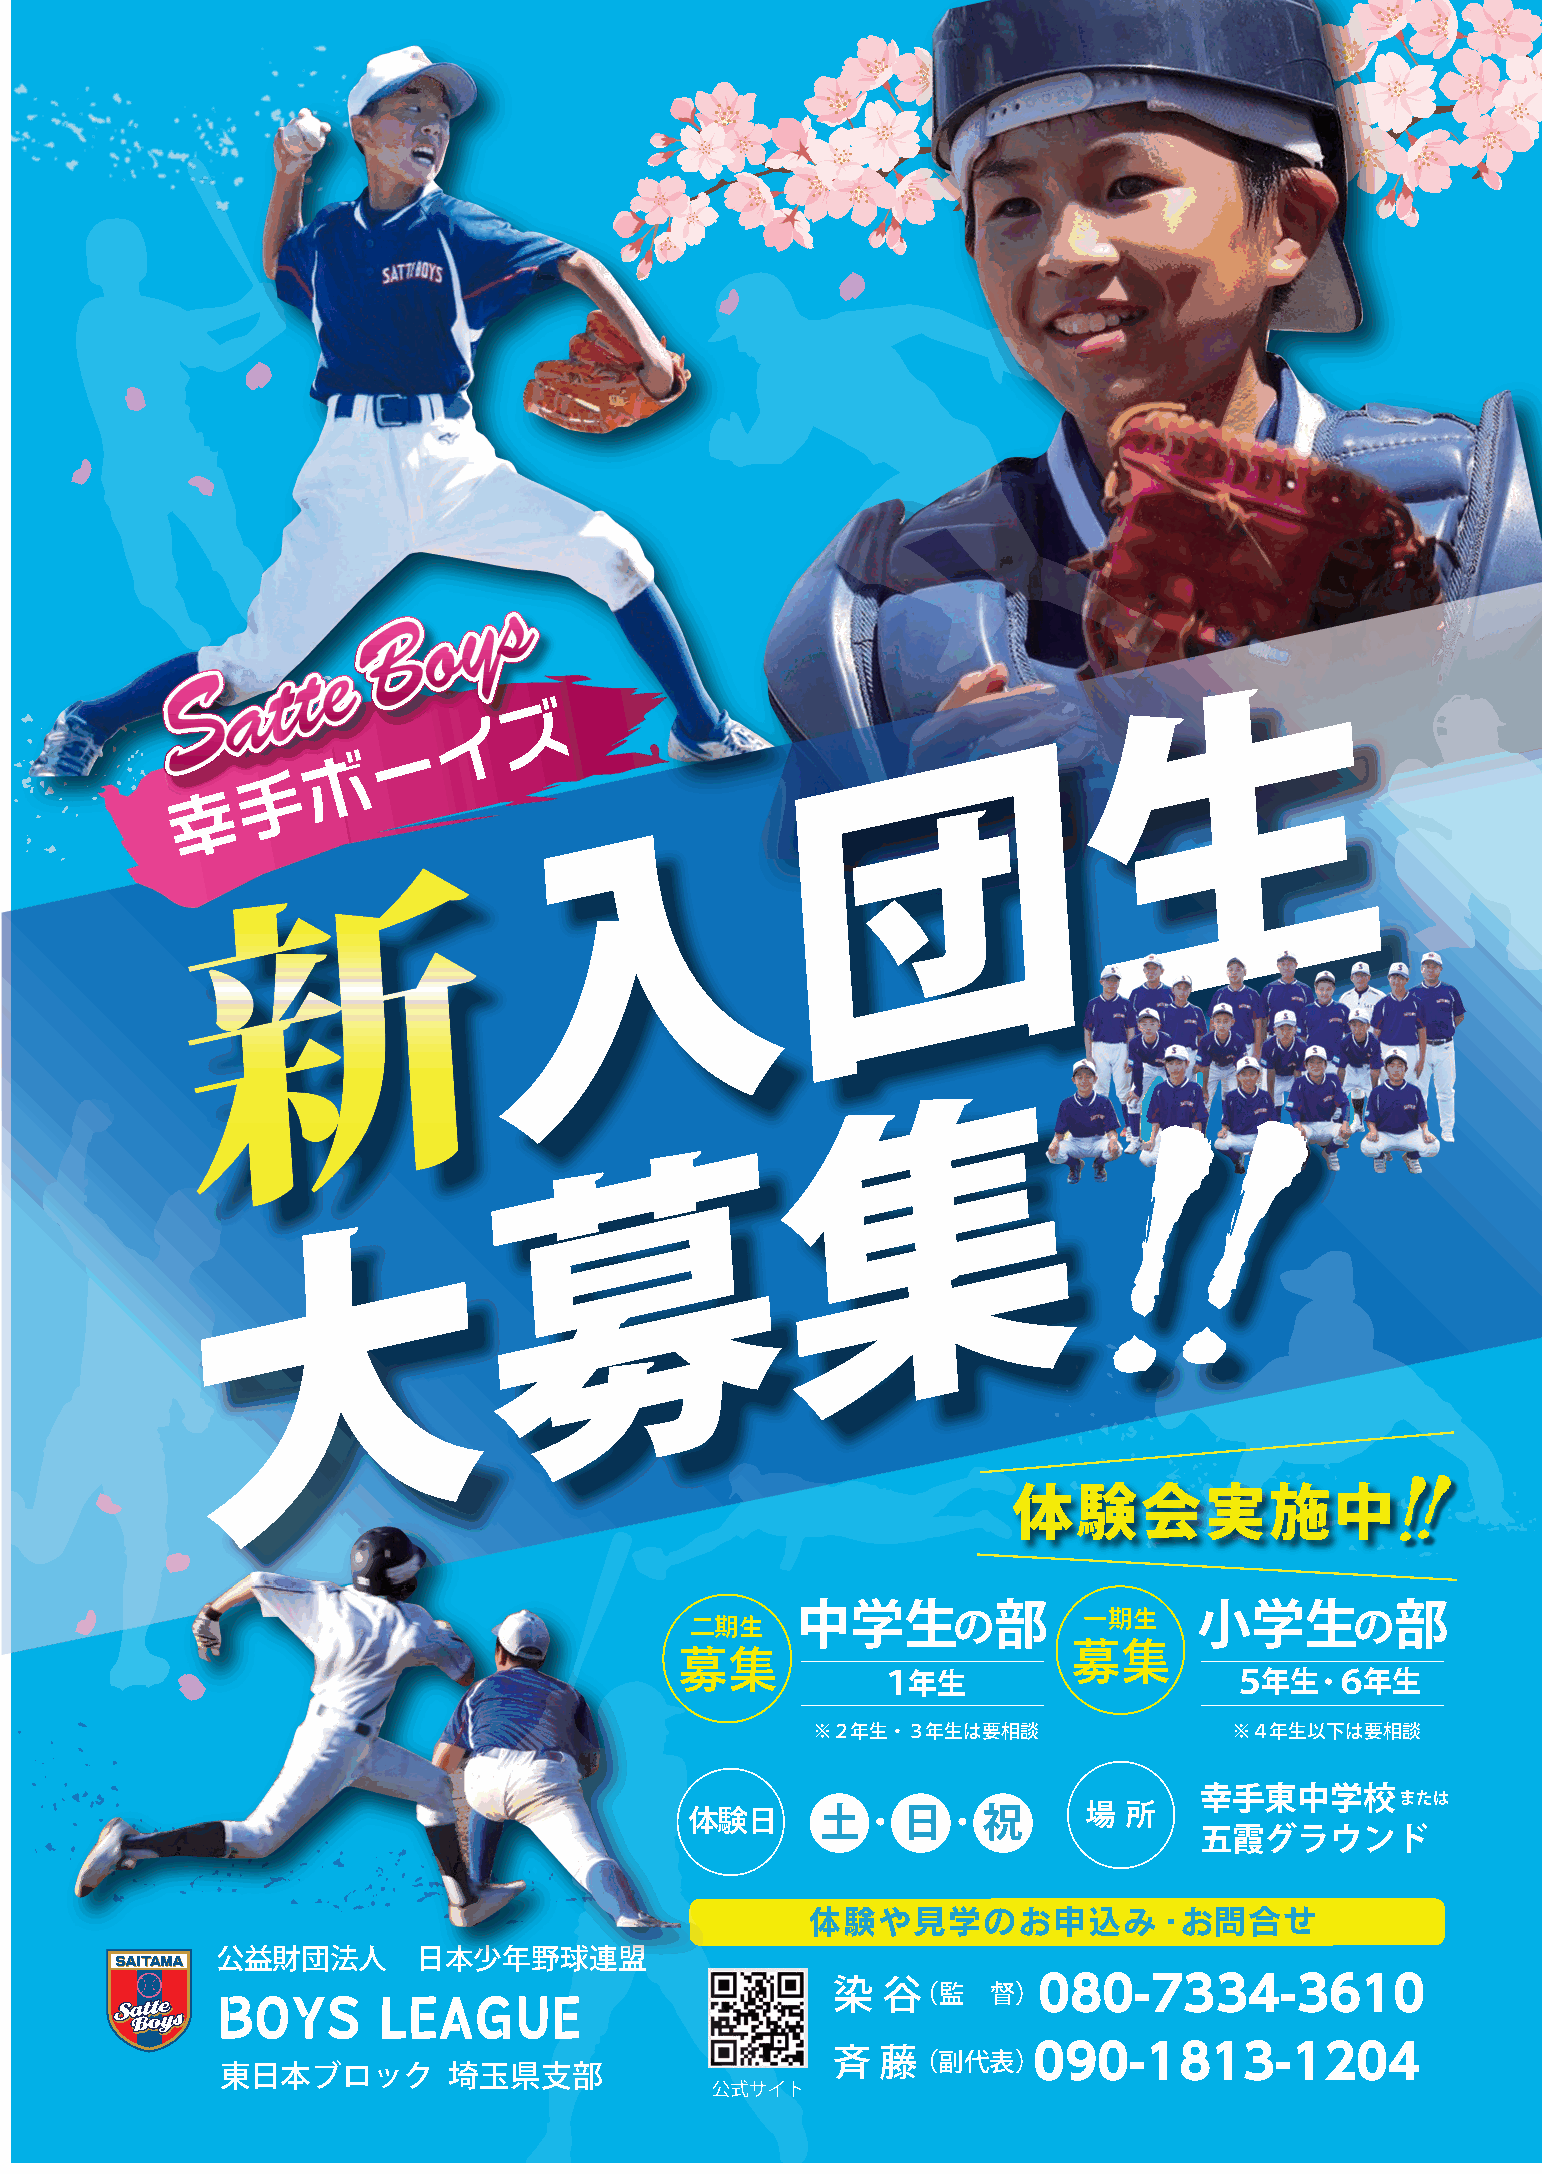
ズ
 イ
 ー
 ボ                                                   生
 手
 幸
 団
 入
 新
 集集
 募募
 大大
 体験会実施中
 二期生
 中学生の部              一期生    小学生の部
 募集
 募集
 １年生                     ５年生・６年生
 ※２年生・３年生は要相談                ※４年生以下は要相談
 幸手東中学校        または
 体験日                       場 所
 五霞グラウンド
 体験や見学のお申込み・お問合せ
 公益財団法人        日本少年野球連盟
 BOYS       LEAGUE                        染  谷（監     督） 080-7334-3610
 斉  藤（副代表）    090-1813-1204
 東日本ブロック        埼玉県支部